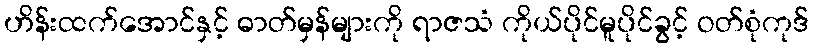
ဟိန်းထက်အောင်နှင့် ဓာတ်မှန်များကို ရာဇသံ ကိုယ်ပိုင်မူပိုင်ခွင့် ဝတ်စုံကုဒ်